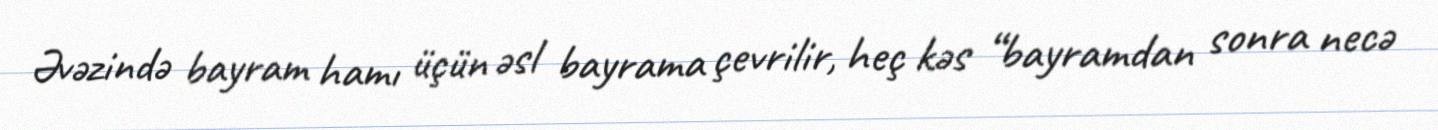
Əvəzində bayram hamı üçün əsl bayrama çevrilir, heç kəs “bayramdan sonra necə